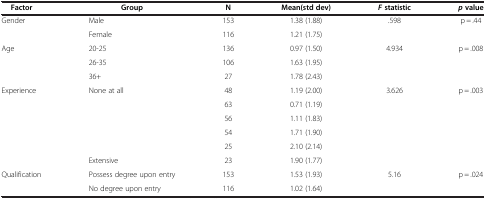
<table><thead><tr><td><b>Factor</b></td><td><b>Group</b></td><td><b>N</b></td><td><b>Mean(std dev)</b></td><td><b><i>F</i>statistic</b></td><td><b><i>p</i>value</b></td></tr></thead><tbody><tr><td>Gender</td><td>Male</td><td>153</td><td>1.38 (1.88)</td><td>.598</td><td>p = .44</td></tr><tr><td> </td><td>Female</td><td>116</td><td>1.21 (1.75)</td><td> </td><td> </td></tr><tr><td>Age</td><td>20-25</td><td>136</td><td>0.97 (1.50)</td><td>4.934</td><td>p = .008</td></tr><tr><td> </td><td>26-35</td><td>106</td><td>1.63 (1.95)</td><td> </td><td> </td></tr><tr><td> </td><td>36+</td><td>27</td><td>1.78 (2.43)</td><td> </td><td> </td></tr><tr><td>Experience</td><td>None at all</td><td>48</td><td>1.19 (2.00)</td><td>3.626</td><td>p = .003</td></tr><tr><td> </td><td> </td><td>63</td><td>0.71 (1.19)</td><td> </td><td> </td></tr><tr><td> </td><td> </td><td>56</td><td>1.11 (1.83)</td><td> </td><td> </td></tr><tr><td> </td><td> </td><td>54</td><td>1.71 (1.90)</td><td> </td><td> </td></tr><tr><td> </td><td> </td><td>25</td><td>2.10 (2.14)</td><td> </td><td> </td></tr><tr><td> </td><td>Extensive</td><td>23</td><td>1.90 (1.77)</td><td> </td><td> </td></tr><tr><td>Qualification</td><td>Possess degree upon entry</td><td>153</td><td>1.53 (1.93)</td><td>5.16</td><td>p = .024</td></tr><tr><td> </td><td>No degree upon entry</td><td>116</td><td>1.02 (1.64)</td><td> </td><td> </td></tr></tbody></table>